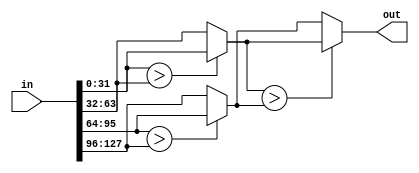
module max_pooling (
	input [127: 0] in,
	output [31:0] out
);

wire signed [31:0] in0;
wire signed [31:0] in1;
wire signed [31:0] in2;
wire signed [31:0] in3;

assign in0 = in[31:0];
assign in1 = in[63:32];
assign in2 = in[95:64];
assign in3 = in[127:96];

reg signed [31:0] max0;
reg signed [31:0] max1;

assign max0 = in0>in1?in0:in1;
assign max1 = in2>in3?in2:in3;

assign out = max0>max1?max0:max1;

endmodule